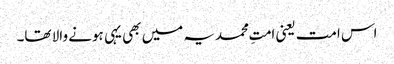
اس امت یعنی امتِ محمدیہ میں بھی یہی ہونے والا تھا۔